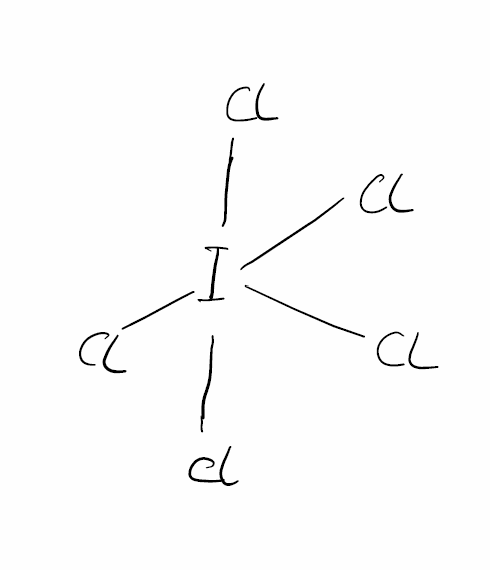
Simplified molecular-input line-entry system (SMILES) notation of the given molecule:
ClI(Cl)(Cl)(Cl)Cl